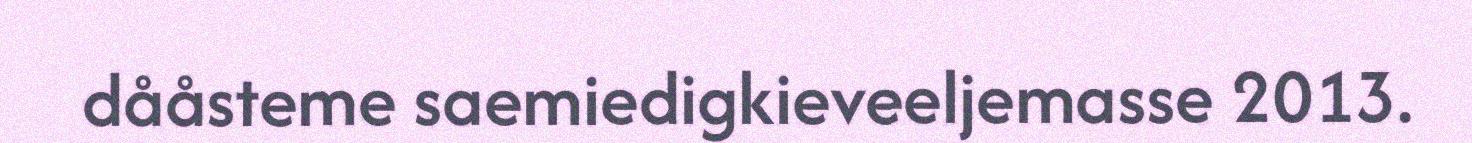
dååsteme saemiedigkieveeljemasse 2013.